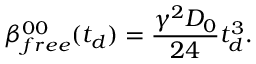
\beta _ { f r e e } ^ { 0 0 } ( t _ { d } ) = \frac { \gamma ^ { 2 } D _ { 0 } } { 2 4 } t _ { d } ^ { 3 } .